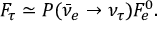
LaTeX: F _ { \tau } \simeq P ( \bar { \nu } _ { e } \rightarrow \nu _ { \tau } ) F _ { e } ^ { 0 } .